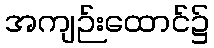
အကျဉ်းထောင်၌